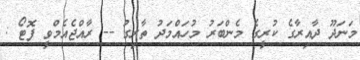
މަނަދޫ ދާއިރާގެ ކުރީގެ މެންބަރު މުހައްމަދު ތާރިގު -- ރާއްޖެއެމްވީ ފޮޓޯ :